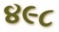
૪૯૮